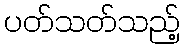
ပတ်သတ်သည့်